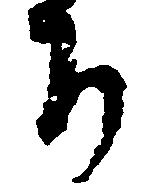
ち